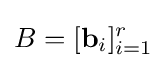
B=[\mathbf {b} _{i}]_{i=1}^{r}